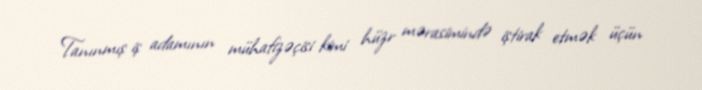
Tanınmış iş adamının mühafizəçisi kimi hüzr mərasimində iştirak etmək üçün